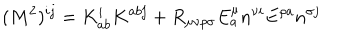
( M ^ { 2 } ) ^ { i j } = K _ { a b } ^ { i } K ^ { a b j } + R _ { \mu \nu \rho \sigma } E _ { a } ^ { \mu } n ^ { \nu i } E ^ { \rho a } n ^ { \sigma j }